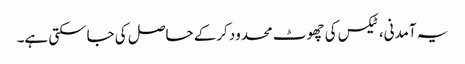
یہ آمدنی، ٹیکس کی چھوٹ محدود کرکے حاصل کی جاسکتی ہے۔